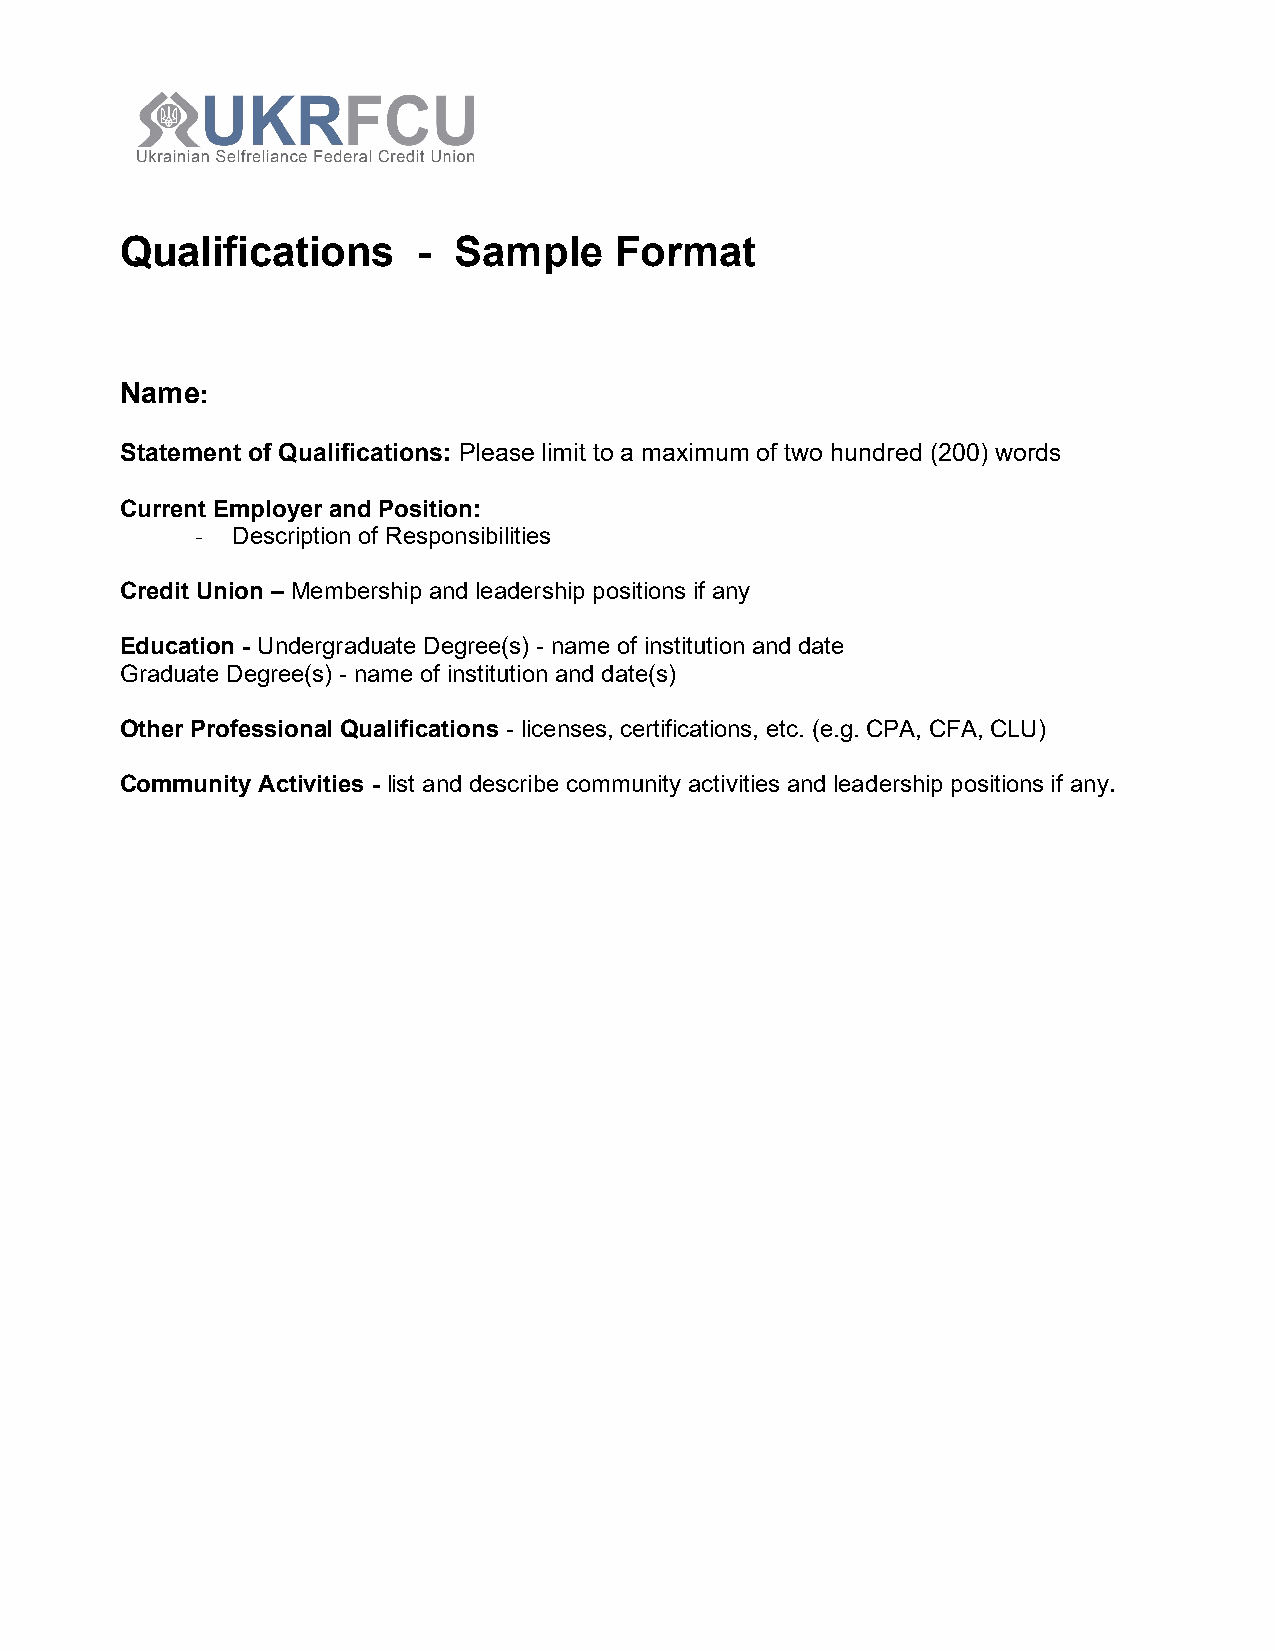
Qualifications      - Sample     Format
 Name:
 Statement of Qualifications: Please limit to a maximum of two hundred (200) words
 Current Employer and Position:
 - Description of Responsibilities
 Credit Union – Membership and leadership positions if any
 Education - Undergraduate Degree(s) - name of institution and date
 Graduate Degree(s) - name of institution and date(s)
 Other Professional Qualifications - licenses, certifications, etc. (e.g. CPA, CFA, CLU)
 Community Activities - list and describe community activities and leadership positions if any.